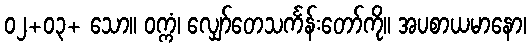
၀၂+၀၃+ သော။ ဝက္ကံ၊ လျှော်တေသင်္ကန်းတော်ကို။ အပစာယမာနော၊